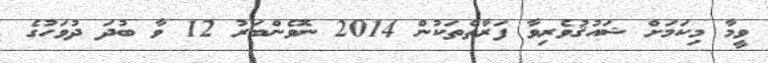
ވީމާ މިކަމަށް ޝައުޤުވެރިވާ ފަރާތްތަކުން 2014 ނޮވެންބަރު 12 ވާ ބުދަ ދުވަހުގެ